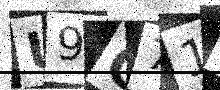
Text: U9G71X